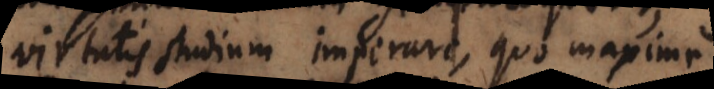
virtutis studium imperare, quo maxime